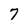
Character: 7